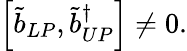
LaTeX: \left[\tilde{b}_{LP},\tilde{b}_{UP}^{\dagger}\right]\neq 0.